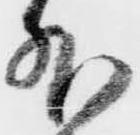
外